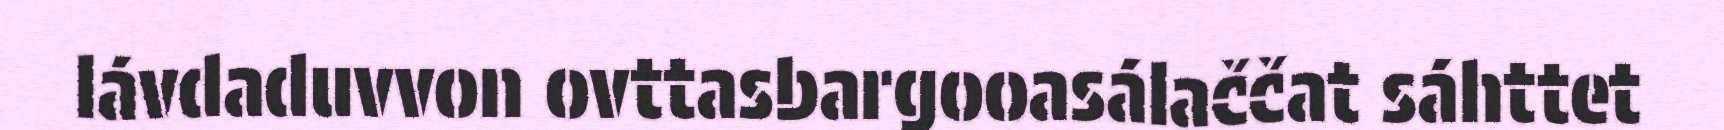
lávdaduvvon ovttasbargooasálaččat sáhttet